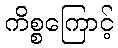
ကိစ္စကြောင့်